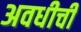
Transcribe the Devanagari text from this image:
अवधीची